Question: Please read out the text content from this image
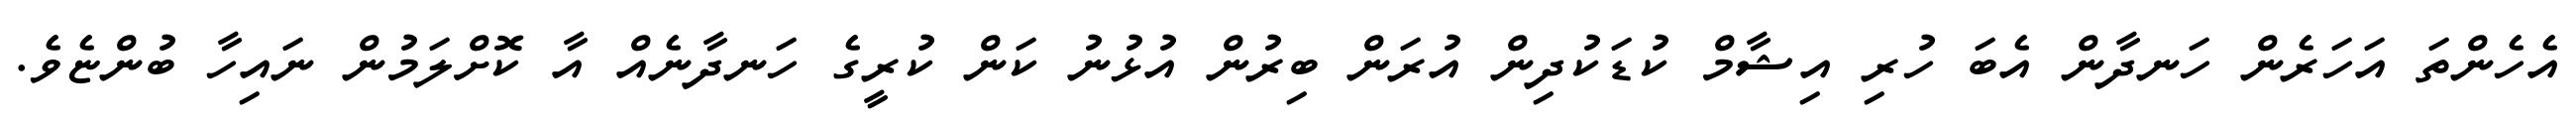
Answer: އެހެންތަ އަހަރެން ހަނދާން އެބަ ހުރި އިޝާމް ކުޑަކުދިން އުރަން ބިރުން އުޅުނު ކަން ކުރީގެ ހަނދާނެއް އާ ކޮށްލަމުން ނައިހާ ބުންޏެވެ.